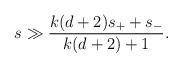
LaTeX: \begin{align*}s \gg {k(d+2) s_+ +s_- \over k(d+2) +1}. \end{align*}